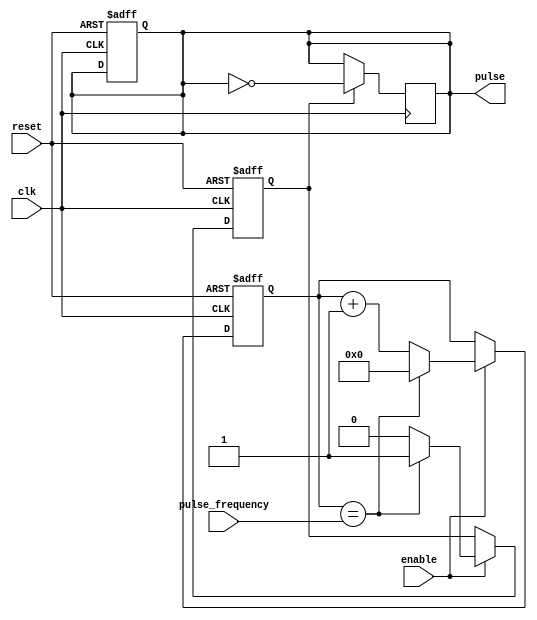
module pulse_generator (
    input clk,
    input reset,
    input enable,
    input [7:0] pulse_frequency,
    output reg pulse
);

reg [7:0] counter;
reg sync;
always @(posedge clk or posedge reset) begin
    if (reset) begin
        counter <= 8'h00;
        sync <= 1'b0;
        pulse <= 1'b0;
    end else if (enable) begin
        if (counter == pulse_frequency) begin
            sync <= 1'b1;
            counter <= 8'h00;
        end else begin
            sync <= 1'b0;
            counter <= counter + 1;
        end
    end
end

always @(posedge clk) begin
    if (sync) begin
        pulse <= !pulse;
    end
end

endmodule